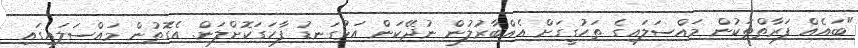
"ބައެއް ފަރާތްތަކުން މައްސަލައިގެ ތަހުގީގަށް އެއްބާރުލުން ނުދޭކަން އަޅުގަނޑު ފާހަގަކޮށްލަން. އެގޮތުން މައްސަލައިގައި